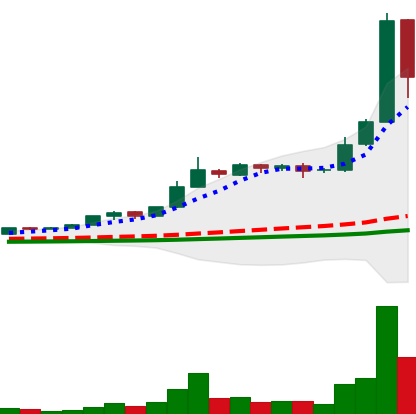
Ticker: BNB-USD
Chart end date: 2021-02-20
Forward return: -8.622%
Label: down_7plus